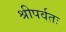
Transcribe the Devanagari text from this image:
श्रीपर्वतः